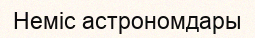
Неміс астрономдары